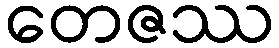
တေဇဿ